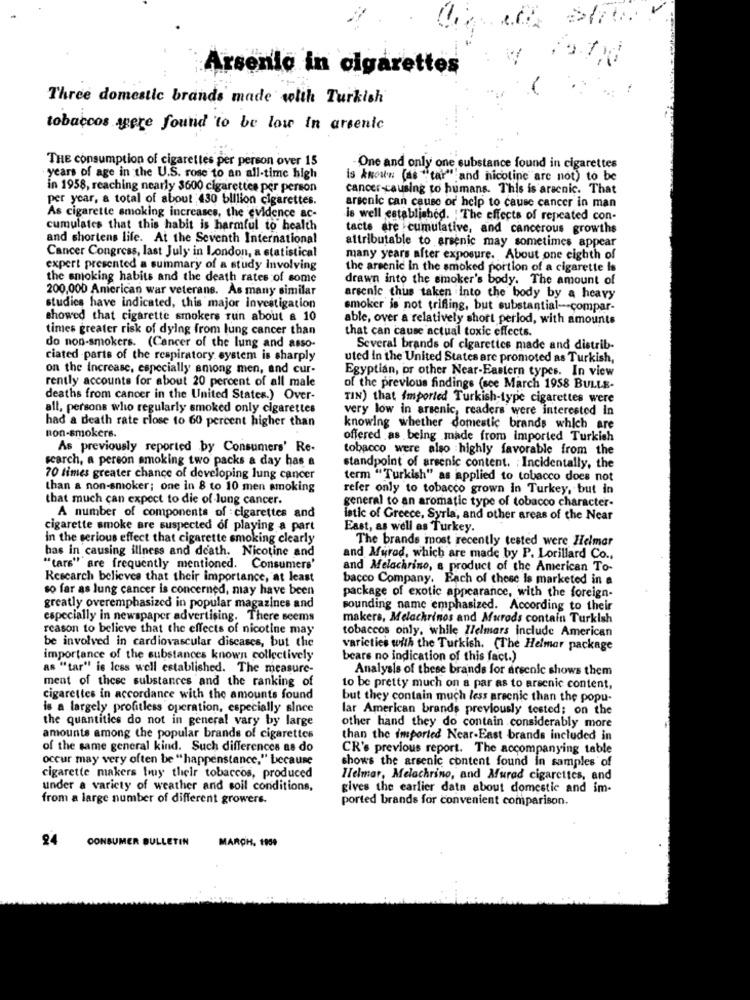
Arsenio in cigarettes
Three domestic brands made with Turkish
tobaccos were found 'to be low In arsenic
THE consumption of cigarettes per person over 15
One and only one substance found in cigarettes
years of age in the U.S. rose to an all-time high
is known (as "tar" and nicotine are not) to be
in 1958, reaching nearly 3600 cigarettes per person
cancer-causing to humans. This is aracnic. That
per year, a total of about 430 billion cigarettes.
arsenic can cause or' help to cause cancer in man
As cigarette smoking increases, the evidence ac-
is well established. The effects of repeated con-
cumulates that this habit is harmful to health
tacte are cumulative, and cancerous growths
and shortens life. At the Seventh International
attributable to arsenic may sometimes appear
Cancer Congress, last July in London, a statistical
many years after exposure. About one eighth of
expert presented a summary of a study involving
the arsenic In the smoked portion of a cigarette is
the smoking habits and the death rates of some
drawn into the smoker's body. The amount of
200,000 American war veterans. As many similar
arsenic thus taken into the body by a heavy
studies have indicated, this major investigation
smoker is not trifling, but substantial -- compar-
showed that cigarette smokers run about a 10
able, over a relatively short perlod, with amounts
times greater risk of dying from lung cancer than
that can cause actual toxic effects.
do non-smokers. (Cancer of the lung and asso-
Several brands of cigarettes made and distrib-
ciated -parts of the respiratory system is sharply
uted in the United States are promoted as Turkish,
on the Increase, especially among men, and cur-
Egyptian, or other Near-Eastern types. In view
rently accounts for about 20 percent of all male
of the previous findings (see March 1958 BULLE-
deaths from cancer in the United States.) Over-
TIN) that Imported Turkish-type cigarettes were
all, persons who regularly smoked only cigarettes
very low in arsenic, readers were interested in
had a death rate close to 60 percent higher than
knowing whether domestic brands which are
non-smokers.
offered as being made from imported Turkish
As previously reported by Consumers' Re-
tobacco were also highly favorable from the
search, a person smoking two packs a day has a
standpoint of arsenic content. : Incidentally, the
70 times greater chance of developing lung cancer
term "Turkish" as applied to tobacco does not
than a non-smoker; one in 8 to 10 men smoking
refer only to tobacco grown In Turkey, but in
that much can expect to die of lung cancer.
general to an aromatic type of tobacco character-
A number of components of cigarettes and
istic of Greece, Syrla, and other areas of the Near
cigarette smoke are suspected of playing a part
East, as well as Turkey.
in the serious effect that cigarette smoking clearly
The brands most recently tested were Helmar
has in causing illness and death. Nicotine and
and Murad, which are made by P. Lorillard Co .,
"tars" are frequently mentioned. Consumers'
and Melacarino, & product of the American To-
Research believes that their importance, at least
bacco Company. Each of these Is marketed in a
so far as lung cancer is concerned, may have been
package of exotic appearance, with the foreign-
greatly overemphasized in popular magazines and
sounding name emphasized. According to their
especially in newspaper advertising. There seems
makers, Melachrinos and Murods contain Turkish
reason to believe that the effects of nicotine may
tobaccos only, while llelmars include American
be involved in cardiovascular diseases, but the
varicties with the Turkish. (The Helmar package
importance of the substances known collectively
bears no indication of this fact.)
as "tar" is less well established. The measure-
Analysis of these brands for arsenic shows them
ment of these substances and the ranking of
to be pretty much on a par as to arsenic content,
cigarettes in accordance with the amounts found
but they contain much less arsenic than the popu-
is a largely profitless operation, especially since
lar American brands previously tested: on the
the quantities do not in general vary by large
other hand they do contain considerably more
amounts among the popular brands of cigarettes
than the imported Near-East brands included in
of the same general kind. Such differences as do
CR's previous report. The accompanying table
occur may very often be "happenstance," because
shows the arsenic content found in samples of
cigarette makers buy their tobaccos, produced
Helmar, Melachrino, and Murad cigarettes, and
under a variety of weather and soil conditions,
gives the earlier data about domestic and im-
from a large number of different growers.
ported brands for convenient comparison.
24
CONSUMER BULLETIN
MARCH. 1959